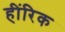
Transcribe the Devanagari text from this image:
हींरिक